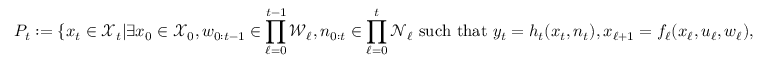
P _ { t } : = \{ x _ { t } \in \mathcal { X } _ { t } | \exists x _ { 0 } \in \mathcal { X } _ { 0 } , w _ { 0 : t - 1 } \in \prod _ { \ell = 0 } ^ { t - 1 } \mathcal { W } _ { \ell } , n _ { 0 : t } \in \prod _ { \ell = 0 } ^ { t } \mathcal { N } _ { \ell } \mathrm { ~ s u c h ~ t h a t ~ } y _ { t } = h _ { t } ( x _ { t } , n _ { t } ) , x _ { \ell + 1 } = f _ { \ell } ( x _ { \ell } , u _ { \ell } , w _ { \ell } ) ,